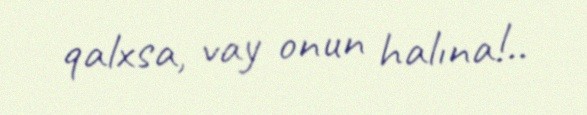
qalxsa, vay onun halına!..